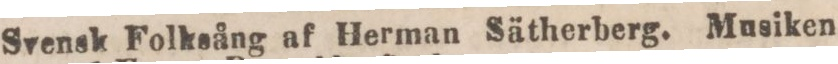
Svensk Folksång af Herman Sätherberg. Musiken